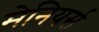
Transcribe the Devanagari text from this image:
मेनियर्स